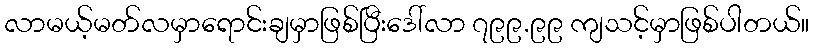
လာမယ့်မတ်လမှာရောင်းချမှာဖြစ်ပြီးဒေါ်လာ ၇၉၉.၉၉ ကျသင့်မှာဖြစ်ပါတယ်။